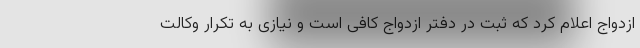
ازدواج اعلام کرد که ثبت در دفتر ازدواج کافی است و نیازی به تکرار وکالت